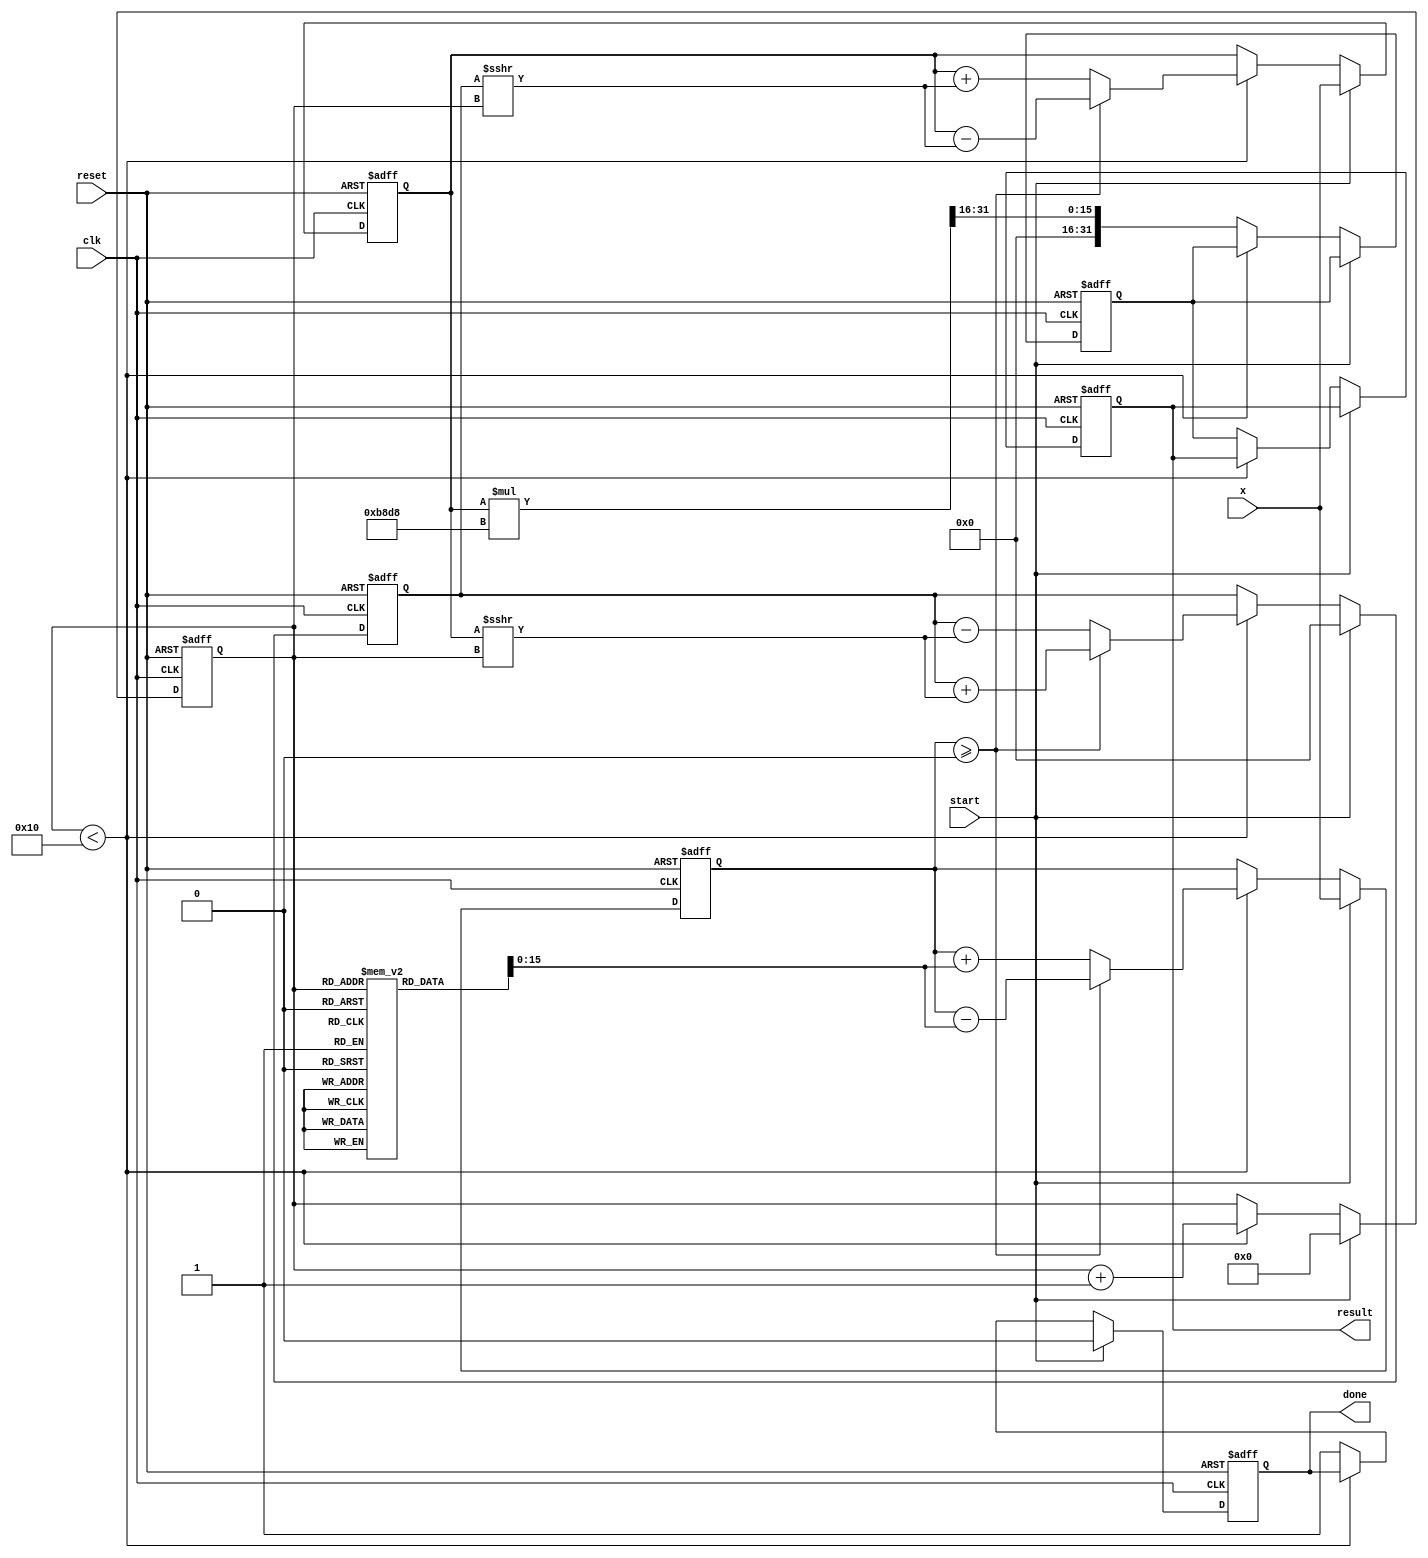
module cordic_exponential (
    input wire clk,
    input wire reset,
    input wire start,
    input wire [15:0] x, // Input value (fixed-point representation)
    output reg [31:0] result, // Output value (fixed-point representation)
    output reg done // Signal to indicate computation completion
);

    // Parameters
    parameter NUM_ITERATIONS = 16; // Number of CORDIC iterations
    parameter SCALE_FACTOR = 16'hB8D8; // Scaling factor for e^x (approx. 1.6487)

    // Internal registers
    reg [15:0] x_reg; // Input register
    reg [15:0] y_reg; // Intermediate y register
    reg [15:0] z_reg; // Angle register
    reg [3:0] iteration; // Iteration counter
    reg [31:0] temp_result; // Temporary result storage
    reg [31:0] angle_table [0:NUM_ITERATIONS-1]; // Angle lookup table

    // Initialize angle table (arctan(2^-i) values)
    initial begin
        angle_table[0] = 16'h2000; // atan(1) = 45 degrees
        angle_table[1] = 16'h1000; // atan(0.5)
        angle_table[2] = 16'h0800; // atan(0.25)
        angle_table[3] = 16'h0400; // atan(0.125)
        angle_table[4] = 16'h0200; // atan(0.0625)
        angle_table[5] = 16'h0100; // atan(0.03125)
        angle_table[6] = 16'h0080; // atan(0.015625)
        angle_table[7] = 16'h0040; // atan(0.0078125)
        angle_table[8] = 16'h0020; // atan(0.00390625)
        angle_table[9] = 16'h0010; // atan(0.001953125)
        angle_table[10] = 16'h0008; // atan(0.0009765625)
        angle_table[11] = 16'h0004; // atan(0.00048828125)
        angle_table[12] = 16'h0002; // atan(0.000244140625)
        angle_table[13] = 16'h0001; // atan(0.0001220703125)
        angle_table[14] = 16'h0000; // atan(0)
        angle_table[15] = 16'h0000; // atan(0)
    end

    // Control unit
    always @(posedge clk or posedge reset) begin
        if (reset) begin
            x_reg <= 0;
            y_reg <= 0;
            z_reg <= 0;
            iteration <= 0;
            temp_result <= 0;
            done <= 0;
            result <= 0;
        end else if (start) begin
            // Load input value
            x_reg <= x;
            y_reg <= 0; // Start with y = 0
            z_reg <= x; // Start with z = x
            iteration <= 0;
            done <= 0;
        end else if (iteration < NUM_ITERATIONS) begin
            // CORDIC rotation logic
            if (z_reg >= 0) begin
                // Rotate clockwise
                y_reg <= y_reg + (x_reg >>> iteration);
                x_reg <= x_reg - (y_reg >>> iteration);
                z_reg <= z_reg - angle_table[iteration];
            end else begin
                // Rotate counter-clockwise
                y_reg <= y_reg - (x_reg >>> iteration);
                x_reg <= x_reg + (y_reg >>> iteration);
                z_reg <= z_reg + angle_table[iteration];
            end
            iteration <= iteration + 1;
        end else begin
            // Final scaling and output
            temp_result <= (x_reg * SCALE_FACTOR) >>> 16; // Scale the result
            result <= temp_result;
            done <= 1; // Indicate completion
        end
    end

endmodule